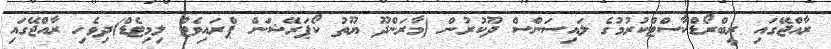
ރާއްޖޭގައި ރީބްރޯޑްކާސްޓްކުރުމުގެ ލައިސަންސް ދޫކުރުން (މާރަންދޫ ޔޫތު ކޯޕަރޭޝަން ޕްރައިވެޓް ލިމިޓެޑް)ދިވެހި ރާއްޖޭގައި